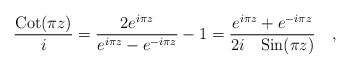
\begin{align*}{{{\rm Cot}(\pi z)} \over {i}}= {{2e^{i\pi z}}\over{e^{i\pi z}-e^{-i \pi z}}}- 1 = {{e^{i\pi z}+e^{-i\pi z}}\over{2i\quad{\rm Sin}(\pi z)}}\quad ,\end{align*}